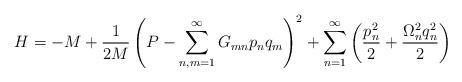
LaTeX: \begin{align*}H=-M +\frac{1}{2M}\left(P-\sum_{n,m=1}^{\infty} G_{mn} p_n q_m \right)^2+\sum_{n=1}^{\infty}\left(\frac{p_n^2}{2}+\frac{\Omega_n^2 q^2_n}{2} \right)\end{align*}